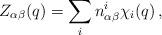
LaTeX: \begin{align*}Z_{\alpha\beta}(q)=\sum_{i}n_{\alpha\beta}^{i}\chi_{i}(q)\,,\end{align*}